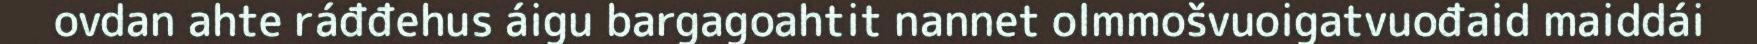
ovdan ahte ráđđehus áigu bargagoahtit nannet olmmošvuoigatvuođaid maiddái